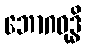
ဘောဂဝုဒ္ဓိ